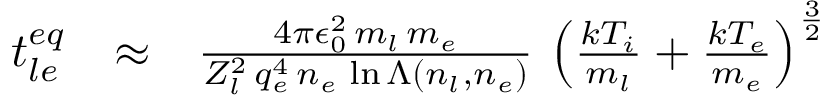
\begin{array} { r l r } { t _ { l e } ^ { e q } } & { \approx } & { \frac { 4 \pi \epsilon _ { 0 } ^ { 2 } \, m _ { l } \, m _ { e } } { Z _ { l } ^ { 2 } \, q _ { e } ^ { 4 } \, n _ { e } \, \ln \Lambda \left( n _ { l } , n _ { e } \right) } \, \left( \frac { k T _ { i } } { m _ { l } } + \frac { k T _ { e } } { m _ { e } } \right) ^ { \frac { 3 } { 2 } } } \end{array}